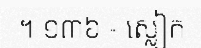
។ ១៣៦ - ស្លៀក